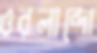
ওরলান্দো